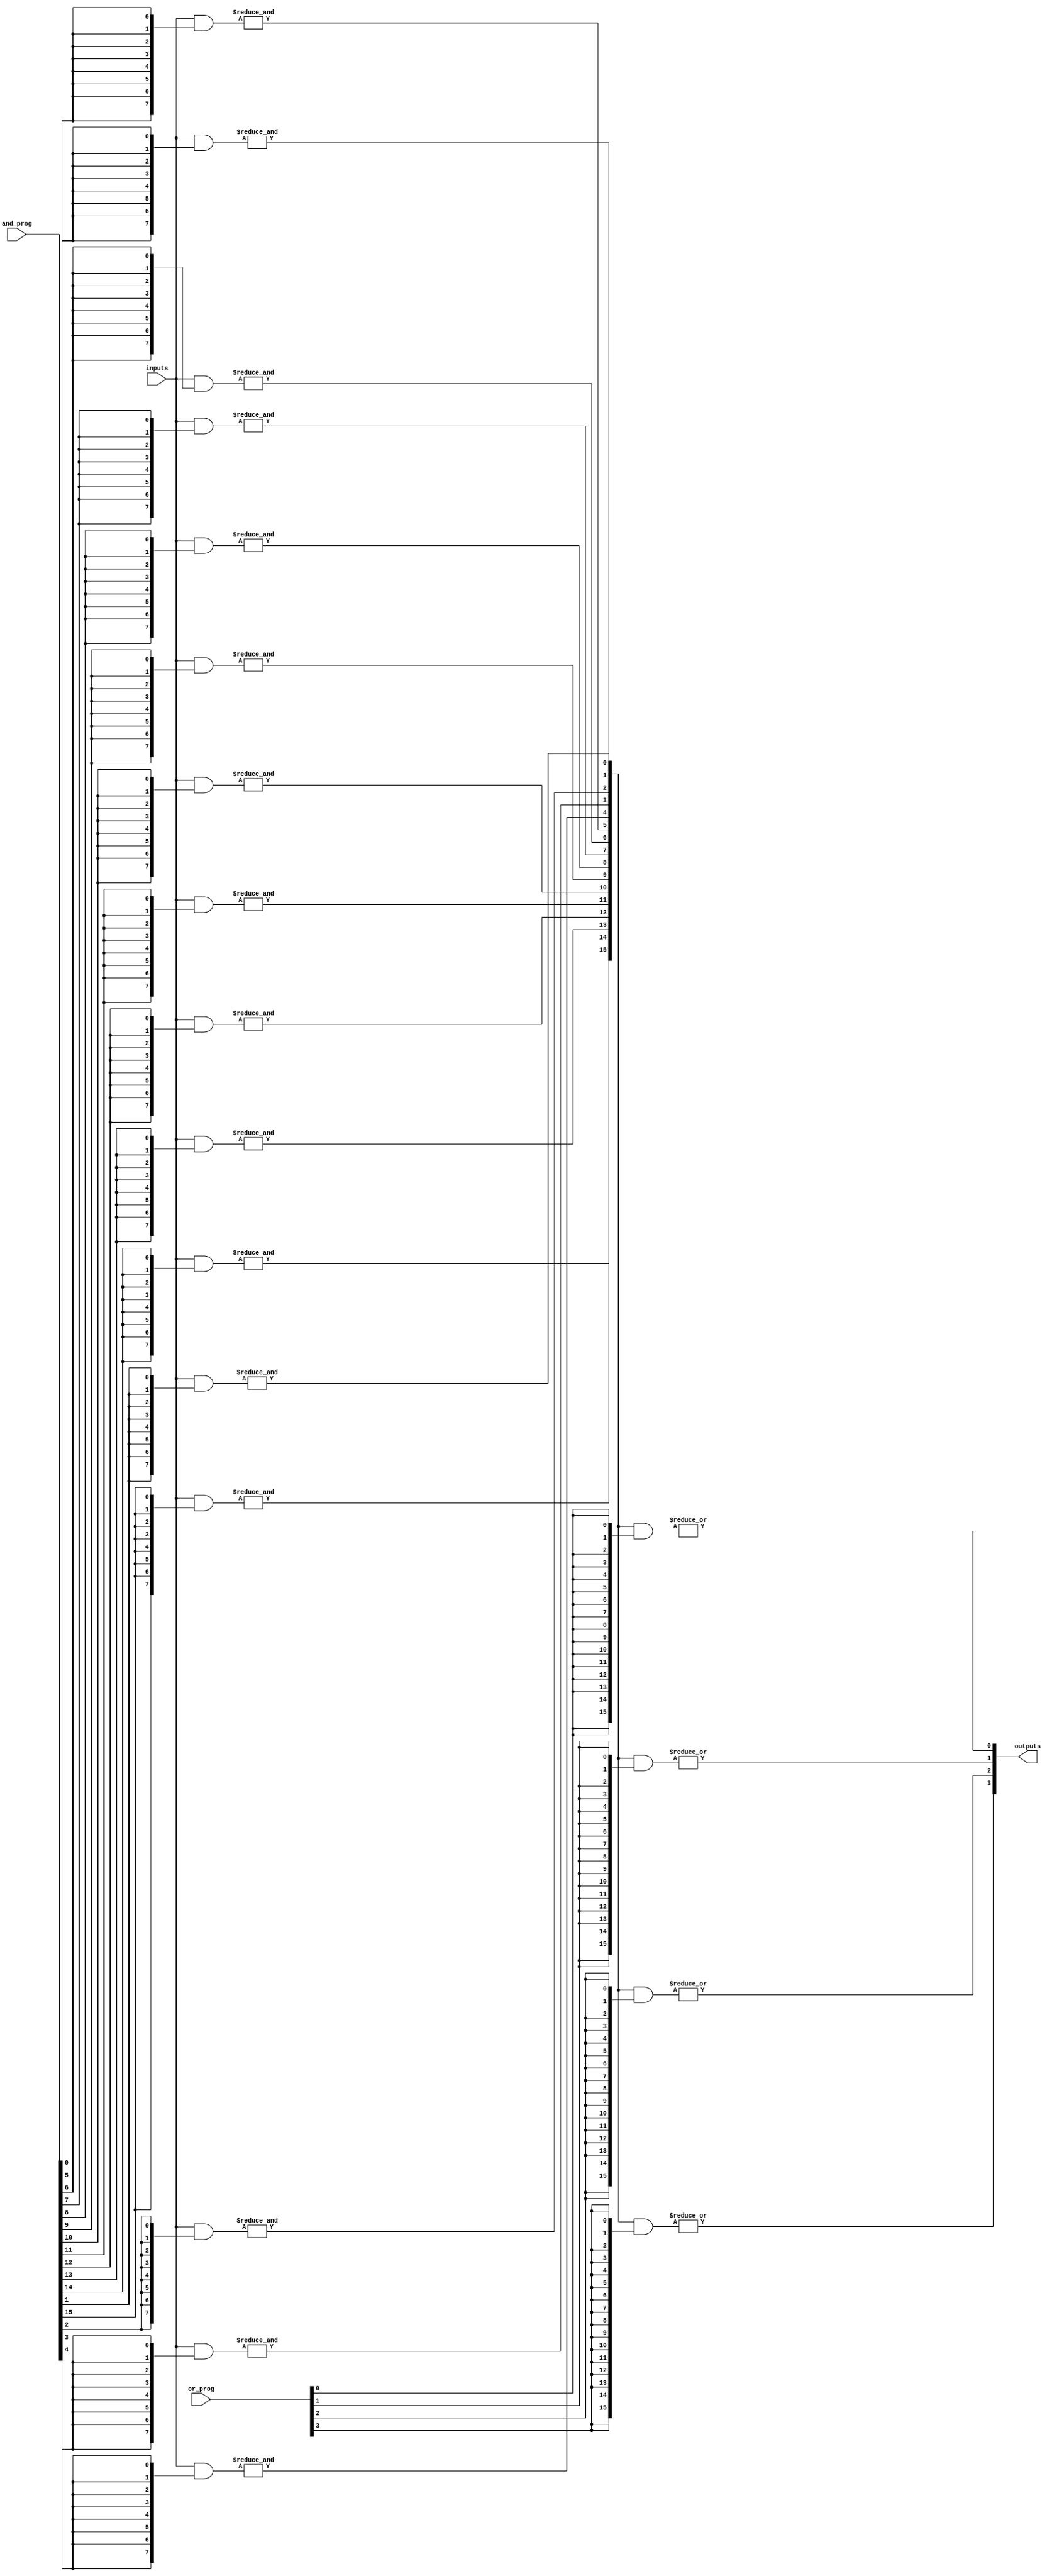
module SPAL #(
    parameter NUM_INPUTS = 8,   // Number of input lines
    parameter NUM_AND_GATES = 16, // Number of AND gates
    parameter NUM_OR_GATES = 4    // Number of OR gates
)(
    input wire [NUM_INPUTS-1:0] inputs, // Input lines
    input wire [NUM_AND_GATES-1:0] and_prog, // Programmable AND configuration
    input wire [NUM_OR_GATES-1:0] or_prog,   // Programmable OR configuration
    output wire [NUM_OR_GATES-1:0] outputs    // Output lines
);

    // Internal wires for AND gate outputs
    wire [NUM_AND_GATES-1:0] and_outputs;

    // Generate the programmable AND array
    genvar i, j;
    generate
        for (i = 0; i < NUM_AND_GATES; i = i + 1) begin : and_array
            wire [NUM_INPUTS-1:0] and_inputs;
            assign and_inputs = inputs & {NUM_INPUTS{and_prog[i]}}; // AND gate inputs are programmable
            assign and_outputs[i] = &and_inputs; // AND operation
        end
    endgenerate

    // Generate the programmable OR array
    generate
        for (j = 0; j < NUM_OR_GATES; j = j + 1) begin : or_array
            wire [NUM_AND_GATES-1:0] or_inputs;
            assign or_inputs = and_outputs & {NUM_AND_GATES{or_prog[j]}}; // OR gate inputs are programmable
            assign outputs[j] = |or_inputs; // OR operation
        end
    endgenerate

endmodule